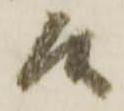
候